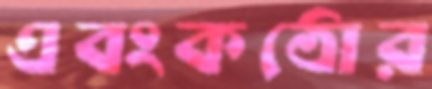
এবংকঠোর